Medical and sanitary report of the native army of Bengal for the year
Year: 1875
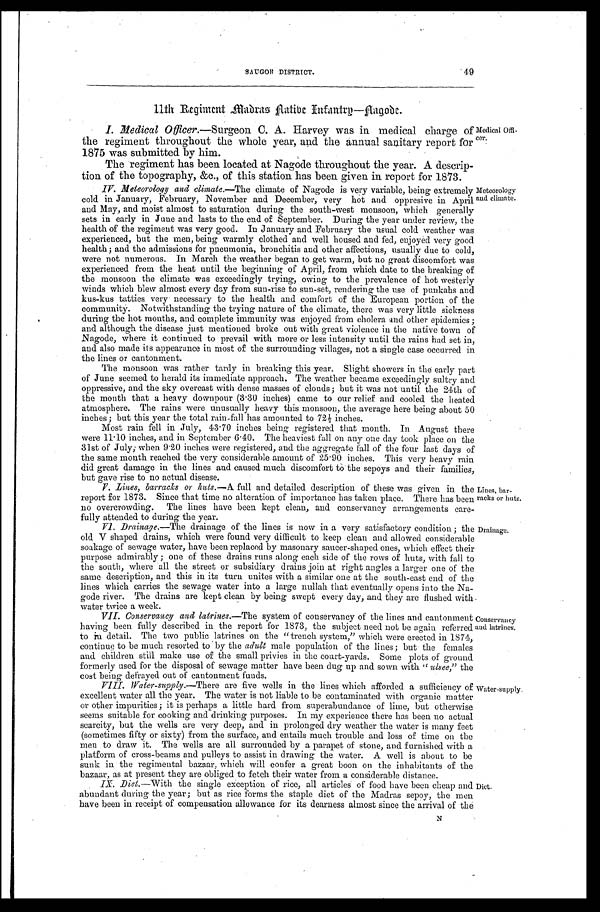
SAUGOR DISTRICT.
49
11th Regiment Madras, Native Infantry—Nagode.
Medical O
ffi-
cer
I. Medical Officer.—Surgeon C. A. Harvey was in medical charge of
the regiment throughout the whole year, and the annual sanitary report for
1875 was submitted by him.
The regiment has been located at Nagode throughout the year. A descrip
-
tion of the topography, &c., of this station has been given in report for 1873.
Meteorology
and climate.
IV. Meteorology and climate.— The climate of Nagode is very variable, being extremely
cold in January, February, November and December, very hot and oppresive in April
and May, and moist almost to saturation during the south-west monsoon, which generally
sets in early in June and lasts to the end of September. During the year under review, the
health of the regiment was very good. In January and February the usual cold weather was
experienced, but the men, being warmly clothed and well housed and fed, enjoyed very good
health; and the admissions for pneumonia, bronchitis and other affections, usually due to cold,
were not numerous. In March the weather began to get warm, but no great discomfort was
experienced from the heat until the beginning of April, from which date to the breaking of
the monsoon the climate was exceedingly trying, owing to the prevalence of hot westerly
winds which blew almost every day from sun-rise to sun-set, rendering the use of punkahs and
kus-kus tatties very necessary to the health and comfort of the European portion of the
community. Notwithstanding the trying nature of the climate, there was very little sickness
during the hot months, and complete immunity was enjoyed from cholera and other epidemics;
and although the disease just mentioned broke out with great violence in the native town of
Nagode, where it continued to prevail with more or less intensity until the rains had set in,
and also made its appearance in most of the surrounding villages, not a single case occurred in
the lines or cantonment.
The monsoon was rather tardy in breaking this year. Slight showers in the early part
of June seemed to herald its immediate approach. The weather became exceedingly sultry and
oppressive, and the sky overcast with dense masses of clouds; but it was not until the 24th of
the month that a heavy downpour (3 .30 inches) came to our relief and cooled the heated
atmosphere. The rains were unusually heavy this monsoon, the average here being about 50
inches; but this year the total rain-fall has amounted to 721/2 inches.
Most rain fell in July, 43.70 inches being registered that month. In August there
were 11.10 inches, and in September 6.40. The heaviest fall on any one day took place on the
31st of July, when 9.20 inches were registered, and the aggregate fall of the four last days of
the same month reached the very considerable amount of 25.90 inches. This very heavy rain
did great damage in the lines and caused much discomfort to the sepoys and their families,
but gave rise to no actual disease.
Lines
bar-
racks or huts.
V. Lines, barracks or huts.— A full and detailed description of these was given in the
report for 1873. Since that time no alteration of importance has taken place. There has been
no overcrowding. The lines have been kept clean, and conservancy arrangements care
-fully attended to during the year.
Drainage.
VI. Drainage.—The drainage of the lines is now in a very satisfactory condition; the
old V shaped drains, which were found very difficult to keep clean and allowed considerable
soakage of sewage water, have been replaced by masonary saucer-shaped ones, which effect their
purpose admirably; one of these drains runs along each side of the rows of huts, with fall to
the south, where all the street or subsidiary drains join at right angles a larger one of the
same description, and this in its turn unites with a similar one at the south-east end of the
lines which carries the sewage water into a large nullah that eventually opens into the Na
-
gode river. The drains are kept clean by being swept every day, and they are flushed with
water twice a week.
Conservancy
and latrines.
VII. Conservancy and latrines.— The system of conservancy of the lines and cantonment
having been fully described in the report for 1873, the subject need not be again referred
to in detail. The two public latrines on the "trench system," which were erected in 1874,
continue to be much resorted to by the adult male population of the lines; but the females
and children still make use of the small privies in the court-yards. Some plots of ground
formerly used for the disposal of sewage matter have been dug up and sown with "ulsee," the
cost being defrayed out of cantonment funds.
Water-supply
. VIII. Water-supply.—There are five wells in the lines which afforded a sufficiency of
excellent water all the year. The water is not liable to be contaminated with organic matter
or other impurities; it is perhaps a little hard from superabundance of lime, but otherwise
seems suitable for cooking and drinking purposes. In my experience there has been no actual
scarcity, but the wells are very deep, and in prolonged dry weather the water is many feet
(sometimes fifty or sixty) from the surface, and entails much trouble and loss of time on the
men to draw it. The wells are all surrounded by a parapet of stone, and furnished with a
platform of cross-beams and pulleys to assist in drawing the water. A well is about to be
sunk in the regimental bazaar, which will confer a great boon on the inhabitants of the
bazaar, as at present they are obliged to fetch their water from a considerable distance.
Dict.
IX. Diet.— With the single exception of rice, all articles of food have been cheap and
abundant during the year; but as rice forms the staple diet of the Madras sepoy, the men
have been in receipt of compensation allowance for its dearness almost since the arrival of the
N